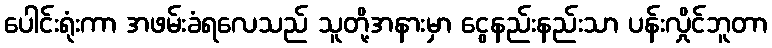
ပေါင်းရုံးကာ အဖမ်းခံရလေသည် သူတို့အနားမှာ ငွေနည်းနည်းသာ ပန်းလှိုင်ဘူတာ